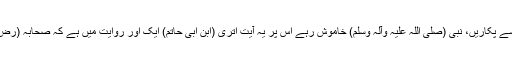
اگر دور ہو تو ہم اونچی اونچی آوازوں سے اسے پکاریں، نبی (صلی اللہ علیہ وآلہ وسلم) خاموش رہے اس پر یہ آیت اتری (ابن ابی حاتم) ایک اور روایت میں ہے کہ صحابہ (رض) کے اس سوال پر کہ ہمارا رب کہاں ہے ؟